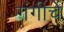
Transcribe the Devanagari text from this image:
गंगीचे